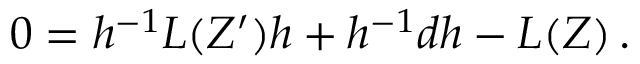
0 = h ^ { - 1 } L ( Z ^ { \prime } ) h + h ^ { - 1 } d h - L ( Z ) \, .